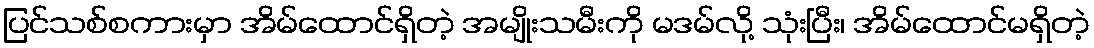
ပြင်သစ်စကားမှာ အိမ်ထောင်ရှိတဲ့ အမျိုးသမီးကို မဒမ်လို့ သုံးပြီး၊ အိမ်ထောင်မရှိတဲ့